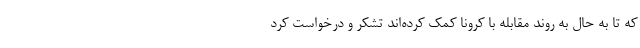
که تا به حال به روند مقابله با کرونا کمک کرده‌اند تشکر و درخواست کرد